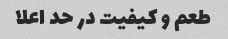
طعم و کیفیت در حد اعلا